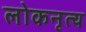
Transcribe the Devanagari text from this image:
लोकनृत्‍य